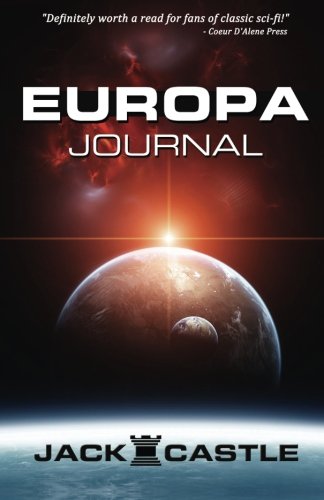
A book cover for Europa Journal; Jack Castle; Science Fiction & Fantasy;